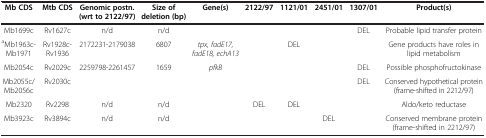
<table><thead><tr><td><b>Mb CDS</b></td><td><b>Mtb CDS</b></td><td><b>Genomic postn. (wrt to 2122/97)</b></td><td><b>Size of deletion (bp)</b></td><td><b>Gene(s)</b></td><td><b>2122/97</b></td><td><b>1121/01</b></td><td><b>2451/01</b></td><td><b>1307/01</b></td><td><b>Product(s)</b></td></tr></thead><tbody><tr><td>Mb1699c</td><td>Rv1627c</td><td>n/d</td><td>n/d</td><td> </td><td> </td><td> </td><td> </td><td>DEL</td><td>Probable lipid transfer protein</td></tr><tr><td><sup>a</sup>Mb1963c-Mb1971</td><td>Rv1928c-Rv1936</td><td>2172231-2179038</td><td>6807</td><td><i>tpx, fadE17, fadE18, echA13</i></td><td> </td><td>DEL</td><td> </td><td> </td><td>Gene products have roles in lipid metabolism</td></tr><tr><td>Mb2054c</td><td>Rv2029c</td><td>2259798-2261457</td><td>1659</td><td><i>pfkB</i></td><td> </td><td> </td><td> </td><td>DEL</td><td>Possible phosphofructokinase</td></tr><tr><td>Mb2055c/Mb2056c</td><td>Rv2030c</td><td> </td><td> </td><td> </td><td> </td><td> </td><td> </td><td>DEL</td><td>Conserved hypothetical protein (frame-shifted in 2212/97)</td></tr><tr><td>Mb2320</td><td>Rv2298</td><td>n/d</td><td>n/d</td><td> </td><td>DEL</td><td>DEL</td><td> </td><td> </td><td>Aldo/keto reductase</td></tr><tr><td>Mb3923c</td><td>Rv3894c</td><td>n/d</td><td>n/d</td><td> </td><td> </td><td> </td><td>DEL</td><td> </td><td>Conserved membrane protein (frame-shifted in 2212/97)</td></tr></tbody></table>